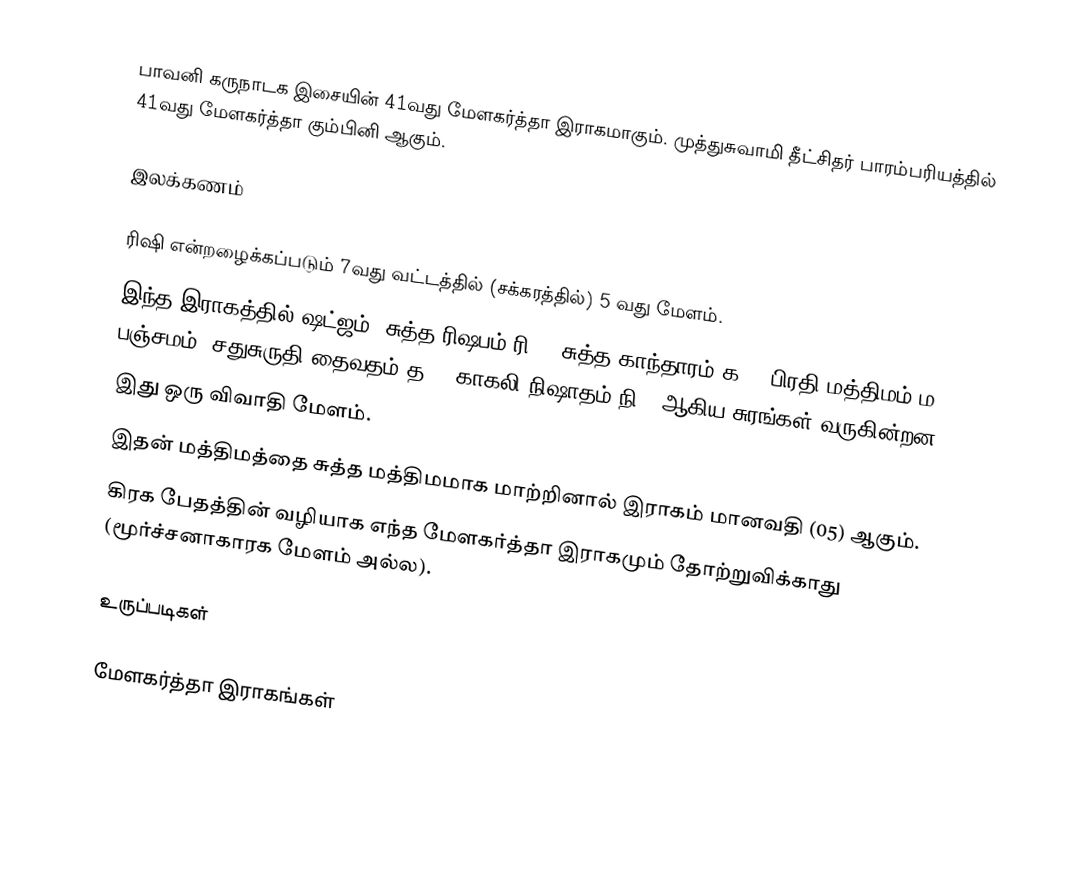
பாவனி கருநாடக இசையின் 41வது மேளகர்த்தா இராகமாகும். முத்துசுவாமி தீட்சிதர் பாரம்பரியத்தில் 41வது மேளகர்த்தா கும்பினி ஆகும்.

இலக்கணம்

 ரிஷி என்றழைக்கப்படும் 7வது வட்டத்தில் (சக்கரத்தில்) 5 வது மேளம்.
 இந்த இராகத்தில் ஷட்ஜம், சுத்த ரிஷபம்(ரி1), சுத்த காந்தாரம்(க1), பிரதி மத்திமம்(ம2), பஞ்சமம், சதுசுருதி தைவதம்(த2), காகலி நிஷாதம்(நி3) ஆகிய சுரங்கள் வருகின்றன.
 இது ஒரு விவாதி மேளம்.
 இதன் மத்திமத்தை சுத்த மத்திமமாக மாற்றினால் இராகம் மானவதி (05) ஆகும்.
 கிரக பேதத்தின் வழியாக எந்த மேளகர்த்தா இராகமும் தோற்றுவிக்காது (மூர்ச்சனாகாரக மேளம் அல்ல).

உருப்படிகள்

மேளகர்த்தா இராகங்கள்